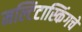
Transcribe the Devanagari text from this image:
मल्टिटास्किंगचे